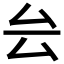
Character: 𠫛